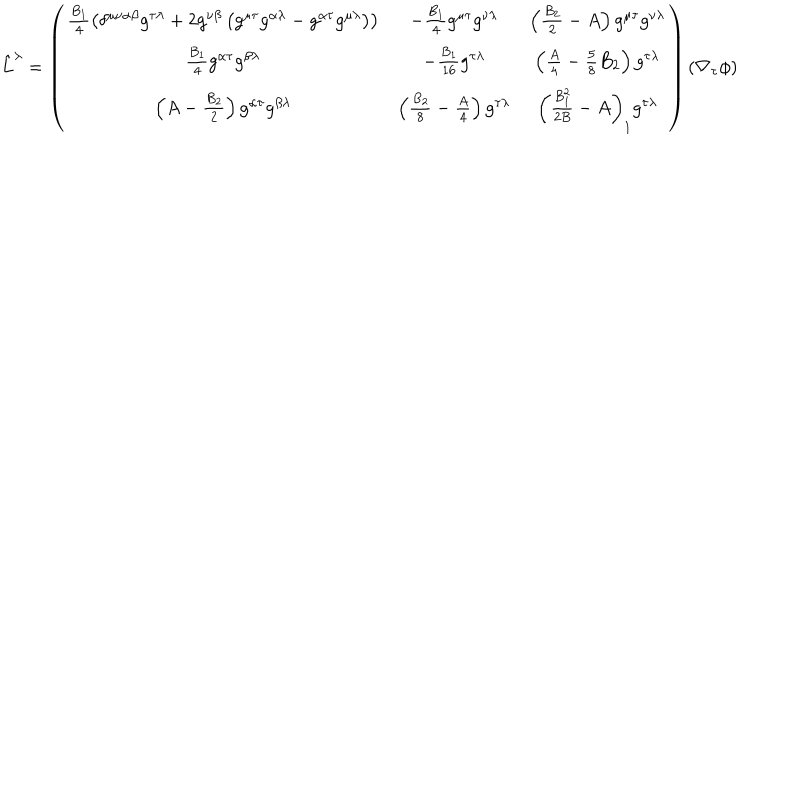
\hat { L } ^ { \lambda } = \left( \begin{array} { c c c } { { \frac { B _ { 1 } } { 4 } \left( \delta ^ { \mu \nu \alpha \beta } g ^ { \tau \lambda } + 2 g ^ { \nu \beta } \left( g ^ { \mu \tau } g ^ { \alpha \lambda } - g ^ { \alpha \tau } g ^ { \mu \lambda } \right) \right) } } & { { - \frac { B _ { 1 } } { 4 } g ^ { \mu \tau } g ^ { \nu \lambda } } } & { { \left( \frac { B _ { 2 } } { 2 } - A \right) g ^ { \mu \tau } g ^ { \nu \lambda } } } \\ { { \frac { B _ { 1 } } { 4 } g ^ { \alpha \tau } g ^ { \beta \lambda } } } & { { - \frac { B _ { 1 } } { 1 6 } g ^ { \tau \lambda } } } & { { \left( \frac { A } { 4 } - \frac { 5 } { 8 } B _ { 2 } \right) g ^ { \tau \lambda } } } \\ { { \left( A - \frac { B _ { 2 } } { 2 } \right) g ^ { \alpha \tau } g ^ { \beta \lambda } } } & { { \left( \frac { B _ { 2 } } { 8 } - \frac { A } { 4 } \right) g ^ { \tau \lambda } } } & { { \left( \frac { B _ { 1 } ^ { 2 } } { 2 B } - A \right) _ { 1 } g ^ { \tau \lambda } } } \\ \end{array} \right) ( \nabla _ { \tau } \phi )